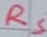
Text: RS